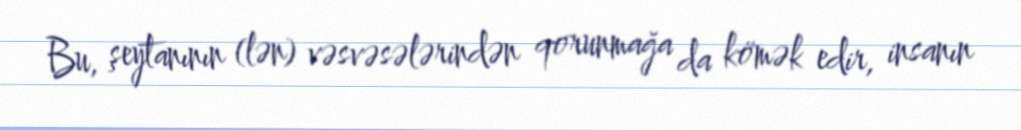
Bu, şeytanının (lən) vəsvəsələrindən qorunmağa da kömək edir, insanın